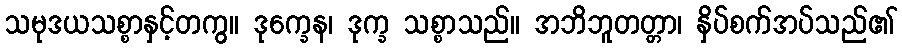
သမုဒယသစ္စာနှင့်တကွ။ ဒုက္ခေန၊ ဒုက္ခ သစ္စာသည်။ အဘိဘူတတ္တာ၊ နှိပ်စက်အပ်သည်၏